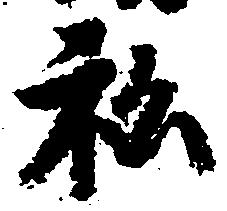
私